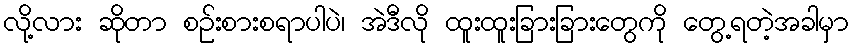
လို့လား ဆိုတာ စဉ်းစားစရာပါပဲ၊ အဲဒီလို ထူးထူးခြားခြားတွေကို တွေ့ရတဲ့အခါမှာ